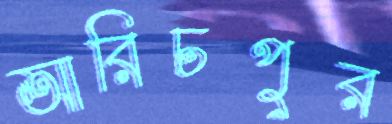
আরিচপুর